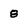
Character: 8